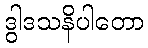
ဒွါဒသနိပါတော